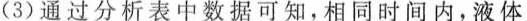
(3)通过分析表中数据可知，相同时间内，液体